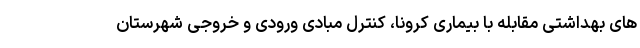
های بهداشتی مقابله با بیماری کرونا، کنترل مبادی ورودی و خروجی شهرستان